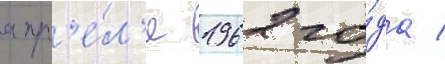
апр'е́л'е 1962 го́да /